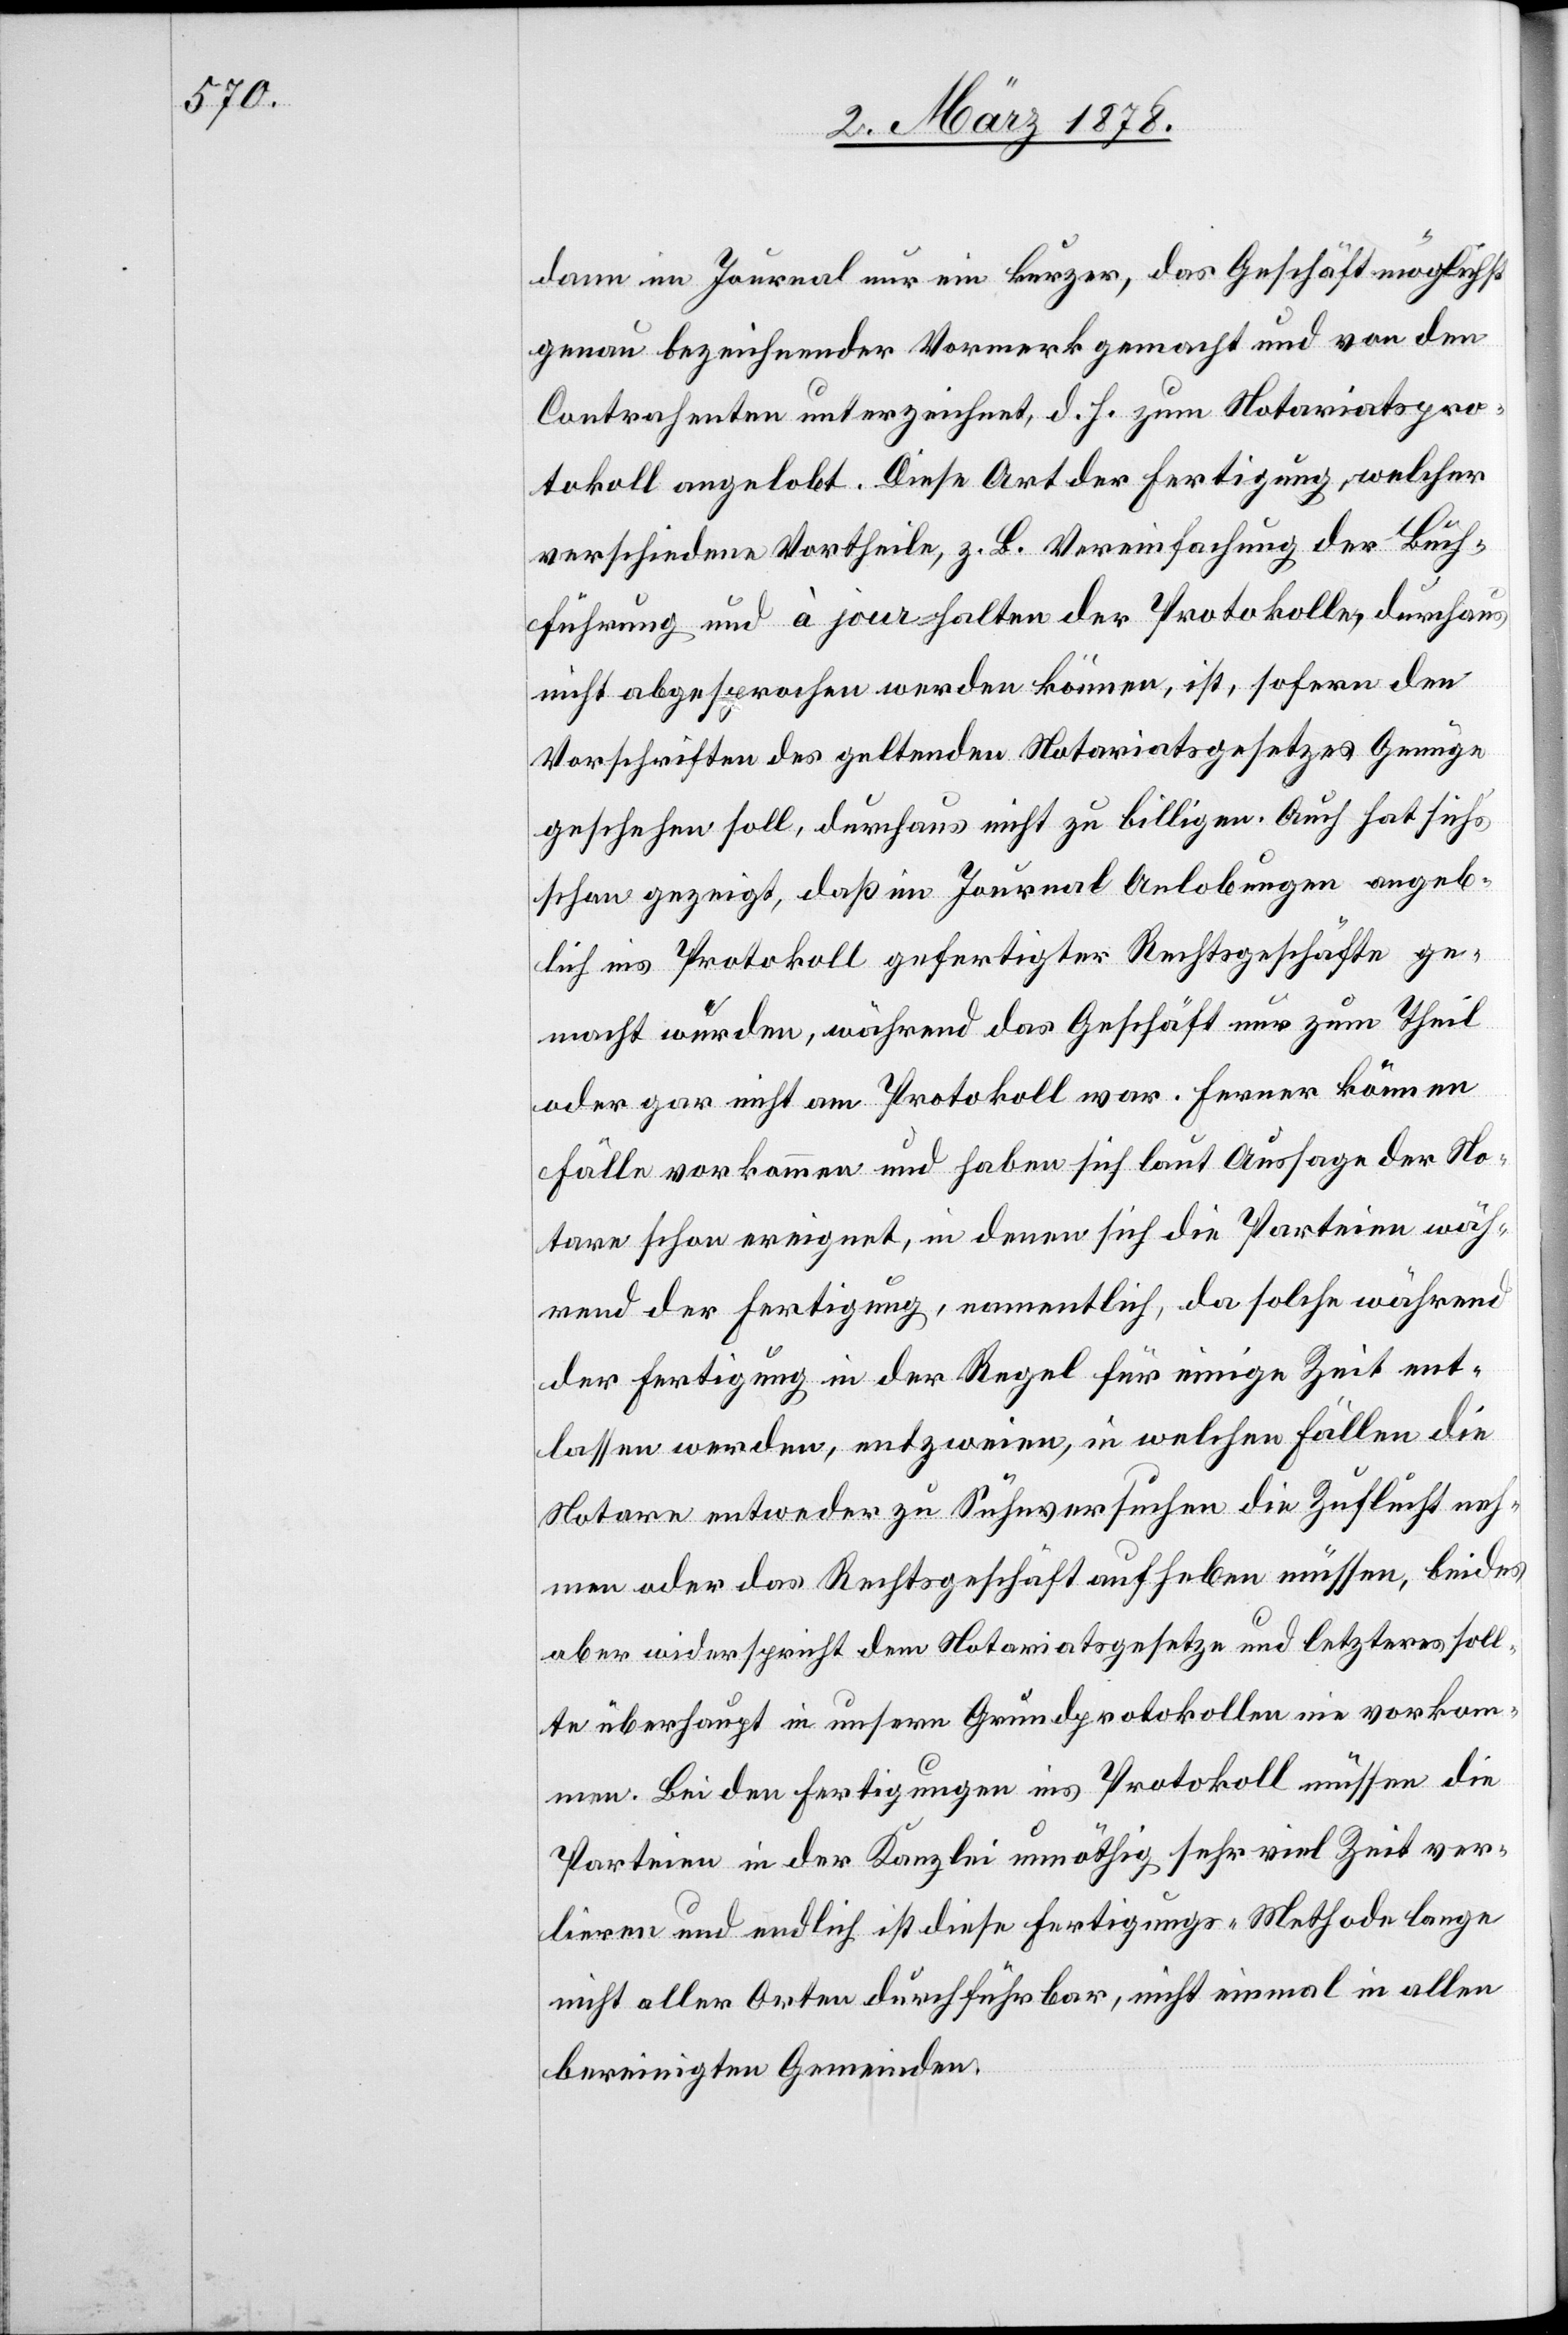
dann im Journal nur ein kurzer, das Geschäft möglichst
genau bezeichnender Vormerk gemacht und von den
Contrahenten unterzeichnet, d. h. zum Notariatspro¬
tokoll angelobt. Diese Art der Fertigung, welcher
verschiedene Vortheile, z. B. Vereinfachung der Buch¬
führung und à jour-halten der Protokolle, durchaus
nicht abgesprochen werden können, ist, sofern den
Vorschriften des geltenden Notariatsgesetzes Genüge
geschehen soll, durchaus nicht zu billigen. Auch hat sich
schon gezeigt, daß im Journal Anlobungen angeb¬
lich ins Protokoll gefertigter Rechtsgeschäfte ge¬
macht wurden, während das Geschäft nur zum Theil
oder gar nicht am Protokoll war. Ferner können
Fälle vorkommen und haben sich laut Aussage der No¬
tare schon ereignet, in denen sich die Parteien während
der Fertigung in der Regel für einige Zeit ent¬
lassen werden, entzweien, in welchen Fällen die
Notare entweder zu Sühnversuchen die Zuflucht neh¬
men oder das Rechtsgeschäft aufheben müssen, beides
aber widerspricht dem Notariatsgesetze und letzteres soll¬
te überhaupt in unserm Grundprotokolle nie vorkom¬
men. Bei den Fertigungen ins Protokoll müssen die
Parteien in der Kanzlei unnötig sehr viel Zeit ver¬
lieren und endlich ist diese Fertigungs-Methode lange
nicht aller Orten durchführbar, nicht einmal in allen
bereinigten Gemeinden.